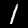
Label: 1